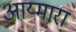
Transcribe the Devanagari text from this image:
आय्मारा